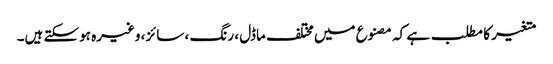
متغیر کا مطلب ہے کہ مصنوع میں مختلف ماڈل ، رنگ ، سائز ، وغیرہ ہوسکتے ہیں۔